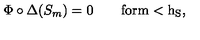
\Phi \circ \Delta ( S _ { m } ) = 0 \qquad \mathrm { f o r m < h _ S , }